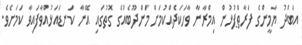
އަބްދު ޔާމީންގެ ފަރާތްޕުޅުން އިމްރާނާ ވާހަކަދެއްކުމަށް މަންދޫބެއްގެ ގޮތުގައި އޭނާ ކަނޑައަޅުއްވާފައިވާ ކަމަށެވެ.